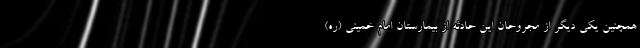
همچنین یکی دیگر از مجروحان این حادثه از بیمارستان امام خمینی (ره)